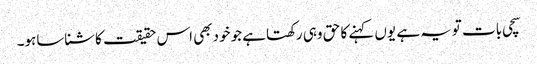
سچی بات تویہ ہے یوں کہنے کا حق وہی رکھتاہے جو خودبھی اس حقیقت کاشناساہو۔